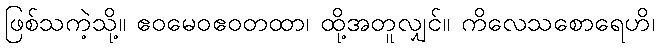
ဖြစ်သကဲ့သို့။ ဧဝမေဝဧဝတထာ၊ ထို့အတူလျှင်။ ကိလေသစောရေဟိ၊